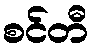
စင်တီ